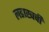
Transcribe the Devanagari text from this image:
लडाखची